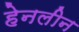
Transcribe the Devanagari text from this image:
हेनलीन